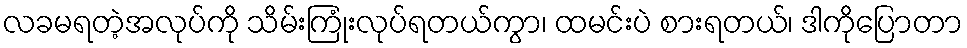
လခမရတဲ့အလုပ်ကို သိမ်းကြုံးလုပ်ရတယ်ကွာ၊ ထမင်းပဲ စားရတယ်၊ ဒါကိုပြောတာ